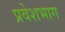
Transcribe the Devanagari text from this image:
प्रवेशभाग